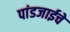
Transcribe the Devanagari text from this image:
पांडजाईचे